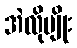
အဲလိုမျိုး